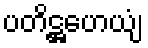
ပတိဋ္ဌဟေယျံ